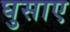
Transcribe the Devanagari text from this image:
घुसाए